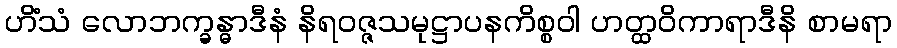
ဟိံသံ လောဘက္ခန္ဓာဒီနံ နိရဝဇ္ဇသမုဋ္ဌာပနကိစ္စဝါ ဟတ္ထဝိကာရာဒီနိ စာမရာ